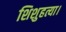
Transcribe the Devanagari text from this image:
शिशुहत्या।